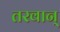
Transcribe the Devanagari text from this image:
तरवान्